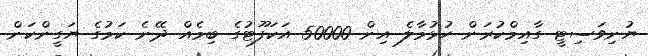
ޔުނިވަސިޓީ ގާއިމްކުރަން ހުޅުމާލެ އިން 50000 އަކަފޫޓުގެ ބިމެއް ދޭނެ ކަމުގެ ޔަގީންކަން